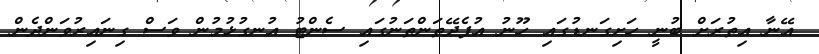
އޭނާ އިތުރަށް ބުނީ ހަށިގަނޑުގައި ހޫނު އުފެދޭތަންތަނުގައި ސެންޓު އުނގުޅުމުން ވަސް ގިނައިރުވަންދެން